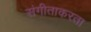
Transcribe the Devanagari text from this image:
संगीताकरता